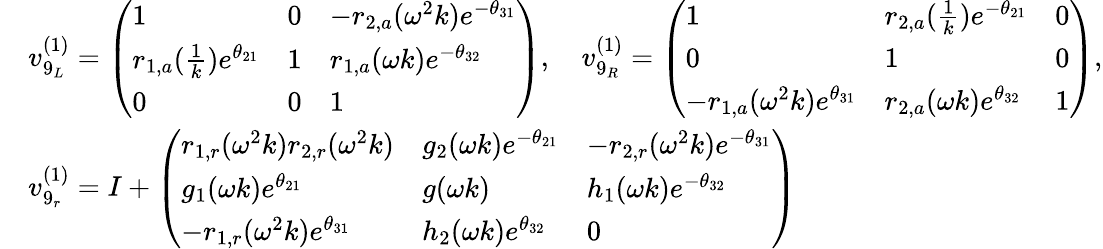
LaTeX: \begin{array}{rl}&{v_{9_{L}}^{(1)}=\left(\begin{array}{lll}{1}&{0}&{-r_{2,a}(\omega^{2}k)e^{-\theta_{31}}}\\ {r_{1,a}(\frac{1}{k})e^{\theta_{21}}}&{1}&{r_{1,a}(\omega k)e^{-\theta_{32}}}\\ {0}&{0}&{1}\end{array}\right),\quad v_{9_{R}}^{(1)}=\left(\begin{array}{lll}{1}&{r_{2,a}(\frac{1}{k})e^{-\theta_{21}}}&{0}\\ {0}&{1}&{0}\\ {-r_{1,a}(\omega^{2}k)e^{\theta_{31}}}&{r_{2,a}(\omega k)e^{\theta_{32}}}&{1}\end{array}\right),}\\ &{v_{9_{r}}^{(1)}=I+\left(\begin{array}{lll}{r_{1,r}(\omega^{2}k)r_{2,r}(\omega^{2}k)}&{g_{2}(\omega k)e^{-\theta_{21}}}&{-r_{2,r}(\omega^{2}k)e^{-\theta_{31}}}\\ {g_{1}(\omega k)e^{\theta_{21}}}&{g(\omega k)}&{h_{1}(\omega k)e^{-\theta_{32}}}\\ {-r_{1,r}(\omega^{2}k)e^{\theta_{31}}}&{h_{2}(\omega k)e^{\theta_{32}}}&{0}\end{array}\right)}\end{array}